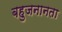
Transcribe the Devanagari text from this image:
बहुजनानता